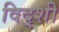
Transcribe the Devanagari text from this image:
विद्शी